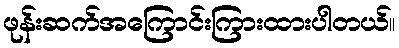
ဖုန်းဆက်အကြောင်းကြားထားပါတယ်။